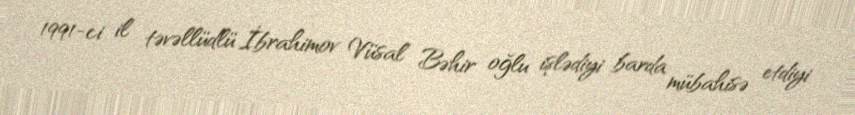
1991-ci il təvəllüdlü İbrahimov Vüsal Bəhir oğlu işlədiyi barda mübahisə etdiyi